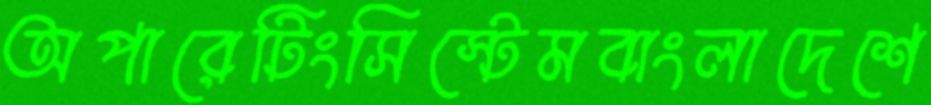
অপারেটিংসিস্টেমবাংলাদেশে